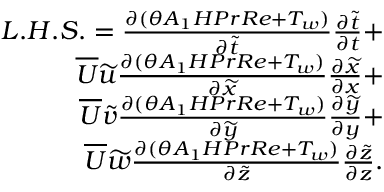
\begin{array} { r } { L . H . S . = { \frac { \partial ( \theta A _ { 1 } H P r R e + T _ { w } ) } { \partial \widetilde { t } } } { \frac { \partial \widetilde { t } } { \partial t } } + } \\ { \overline { { U } } \widetilde { u } { \frac { \partial ( \theta A _ { 1 } H P r R e + T _ { w } ) } { \partial \widetilde { x } } } { \frac { \partial \widetilde { x } } { \partial x } } + } \\ { \overline { { U } } \widetilde { v } { \frac { \partial ( \theta A _ { 1 } H P r R e + T _ { w } ) } { \partial \widetilde { y } } } { \frac { \partial \widetilde { y } } { \partial y } } + } \\ { \overline { { U } } \widetilde { w } { \frac { \partial ( \theta A _ { 1 } H P r R e + T _ { w } ) } { \partial \widetilde { z } } } { \frac { \partial \widetilde { z } } { \partial z } } . } \end{array}